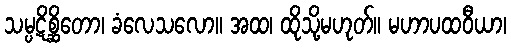
သမ္ပဋိစ္ဆိတော၊ ခံလေသလော။ အထ၊ ထိုသို့မဟုတ်။ မဟာပထဝီယာ၊